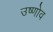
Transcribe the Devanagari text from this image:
उष्णोव